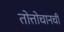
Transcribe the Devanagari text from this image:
तोत्तोचानची